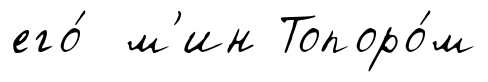
его́ м'ин Топоро́м